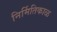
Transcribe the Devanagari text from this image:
निर्मितिकाळ